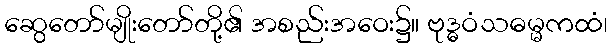
ဆွေတော်မျိုးတော်တို့၏ အစည်းအဝေး၌။ ဗုဒ္ဓဝံသဓမ္မကထံ၊